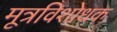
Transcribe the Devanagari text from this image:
मूत्रविशोधक